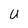
Character: U